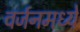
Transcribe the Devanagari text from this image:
वर्जनमध्ये